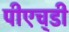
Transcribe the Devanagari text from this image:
पीएच्‌डी